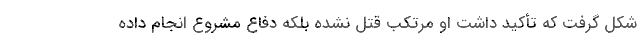
شکل گرفت که تأکید داشت او مرتکب قتل نشده بلکه دفاع مشروع انجام داده